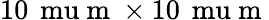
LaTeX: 10\, \mathrm{\ mu}\mathrm{~m~}\times 10\, \mathrm{\ mu}\mathrm{~m~}